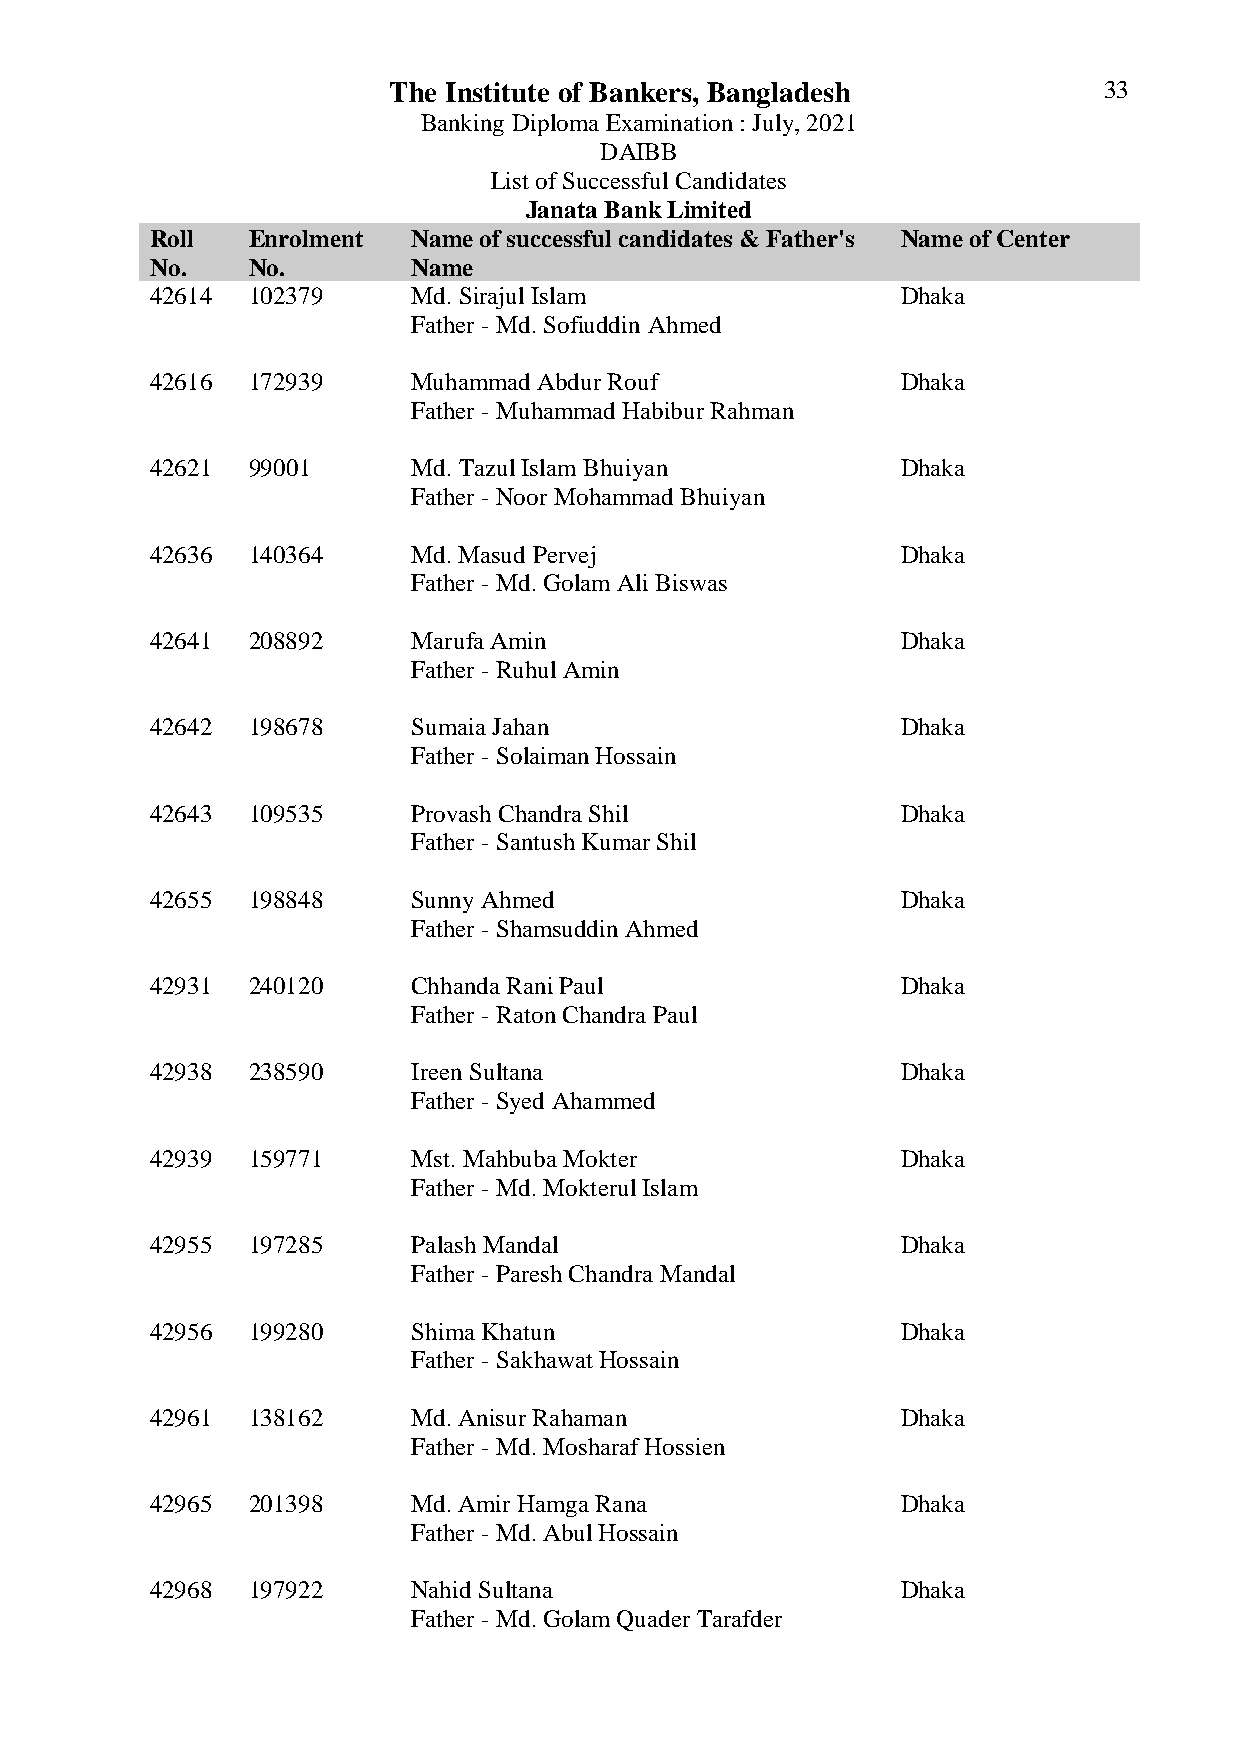
The Institute of Bankers, Bangladesh           33
 Banking Diploma Examination : July, 2021
 DAIBB
 List of Successful Candidates
 Janata Bank Limited
 Roll  Enrolment  Name of successful candidates & Father's Name of Center
 No.   No.        Name
 42614 102379     Md. Sirajul Islam                Dhaka
 Father - Md. Sofiuddin Ahmed
 42616 172939     Muhammad Abdur Rouf              Dhaka
 Father - Muhammad Habibur Rahman
 42621 99001      Md. Tazul Islam Bhuiyan          Dhaka
 Father - Noor Mohammad Bhuiyan
 42636 140364     Md. Masud Pervej                 Dhaka
 Father - Md. Golam Ali Biswas
 42641 208892     Marufa Amin                      Dhaka
 Father - Ruhul Amin
 42642 198678     Sumaia Jahan                     Dhaka
 Father - Solaiman Hossain
 42643 109535     Provash Chandra Shil             Dhaka
 Father - Santush Kumar Shil
 42655 198848     Sunny Ahmed                      Dhaka
 Father - Shamsuddin Ahmed
 42931 240120     Chhanda Rani Paul                Dhaka
 Father - Raton Chandra Paul
 42938 238590     Ireen Sultana                    Dhaka
 Father - Syed Ahammed
 42939 159771     Mst. Mahbuba Mokter              Dhaka
 Father - Md. Mokterul Islam
 42955 197285     Palash Mandal                    Dhaka
 Father - Paresh Chandra Mandal
 42956 199280     Shima Khatun                     Dhaka
 Father - Sakhawat Hossain
 42961 138162     Md. Anisur Rahaman               Dhaka
 Father - Md. Mosharaf Hossien
 42965 201398     Md. Amir Hamga Rana              Dhaka
 Father - Md. Abul Hossain
 42968 197922     Nahid Sultana                    Dhaka
 Father - Md. Golam Quader Tarafder